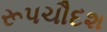
રૂપચૌદશ